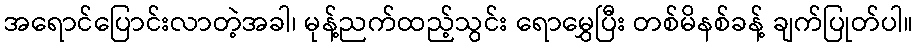
အရောင်ပြောင်းလာတဲ့အခါ၊ မုန့်ညက်ထည့်သွင်း ရောမွှေပြီး တစ်မိနစ်ခန့် ချက်ပြုတ်ပါ။